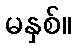
မနှစ်။